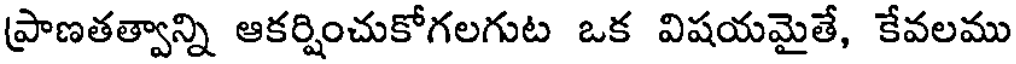
ప్రాణతత్వాన్ని ఆకర్షించుకోగలగుట ఒక విషయమైతే, కేవలము